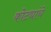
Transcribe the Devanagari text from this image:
कोट्यांचे